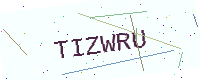
Text: TIZWRU